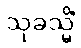
သုခသ္မိံ